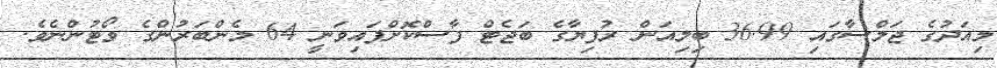
މިއަދުގެ ޖަލްސާގައި 36.99 ބިލިއަން ރުފިޔާގެ ބަޖެޓް ފާސްކޮށްފައިވަނީ 64 މެންބަރުންގެ ވޯޓުންނެވެ.